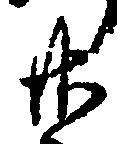
廿